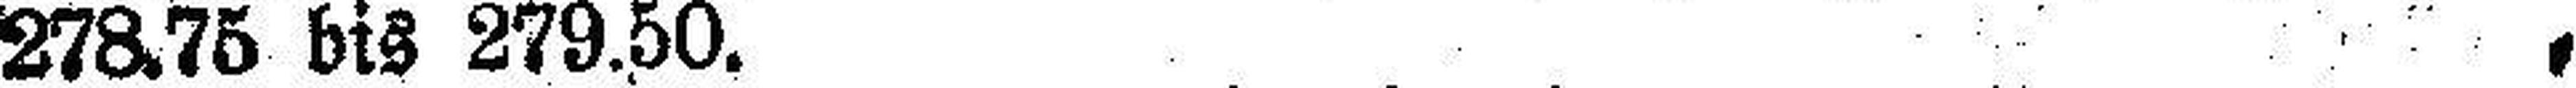
278.75 bis 279.50.